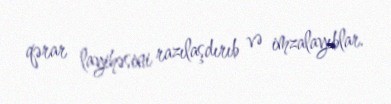
qərar layihəsini razılaşdırıb və imzalayıblar.